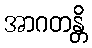
အာဂတန္တိ